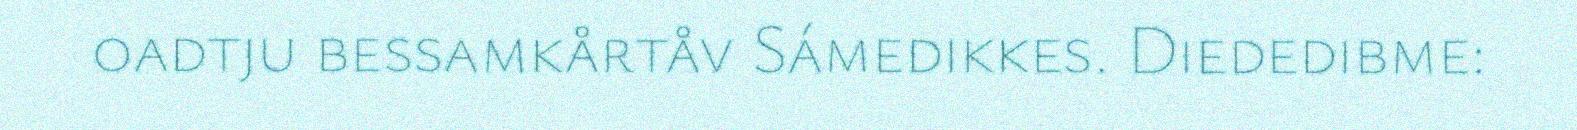
oadtju bessamkårtåv Sámedikkes. Diededibme: